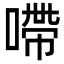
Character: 㗣